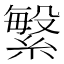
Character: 䌓